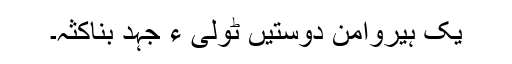
یک ہیروامن دوستیں ٹولی ءَ جہد بناکثہ۔